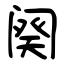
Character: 阕